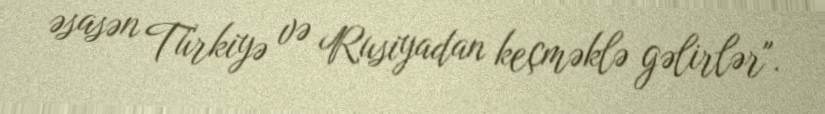
əsasən Türkiyə və Rusiyadan keçməklə gəlirlər".